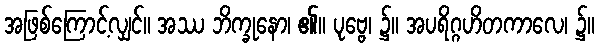
အဖြစ်ကြောင့်လျှင်။ အဿ ဘိက္ခုနော၊ ၏။ ပုဗ္ဗေ၊ ၌။ အပရိဂ္ဂဟိတကာလေ၊ ၌။